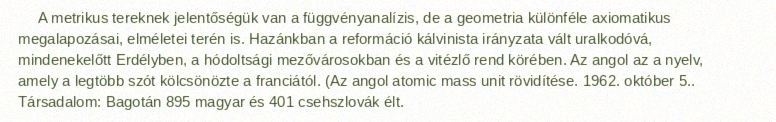
A metrikus tereknek jelentőségük van a függvényanalízis, de a geometria különféle axiomatikus megalapozásai, elméletei terén is. Hazánkban a reformáció kálvinista irányzata vált uralkodóvá, mindenekelőtt Erdélyben, a hódoltsági mezővárosokban és a vitézlő rend körében. Az angol az a nyelv, amely a legtöbb szót kölcsönözte a franciától. (Az angol atomic mass unit rövidítése. 1962. október 5.. Társadalom: Bagotán 895 magyar és 401 csehszlovák élt.